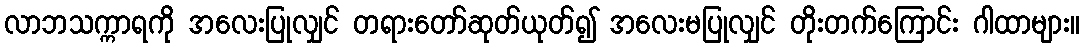
လာဘသက္ကာရကို အလေးပြုလျှင် တရားတော်ဆုတ်ယုတ်၍ အလေးမပြုလျှင် တိုးတက်ကြောင်း ဂါထာများ။